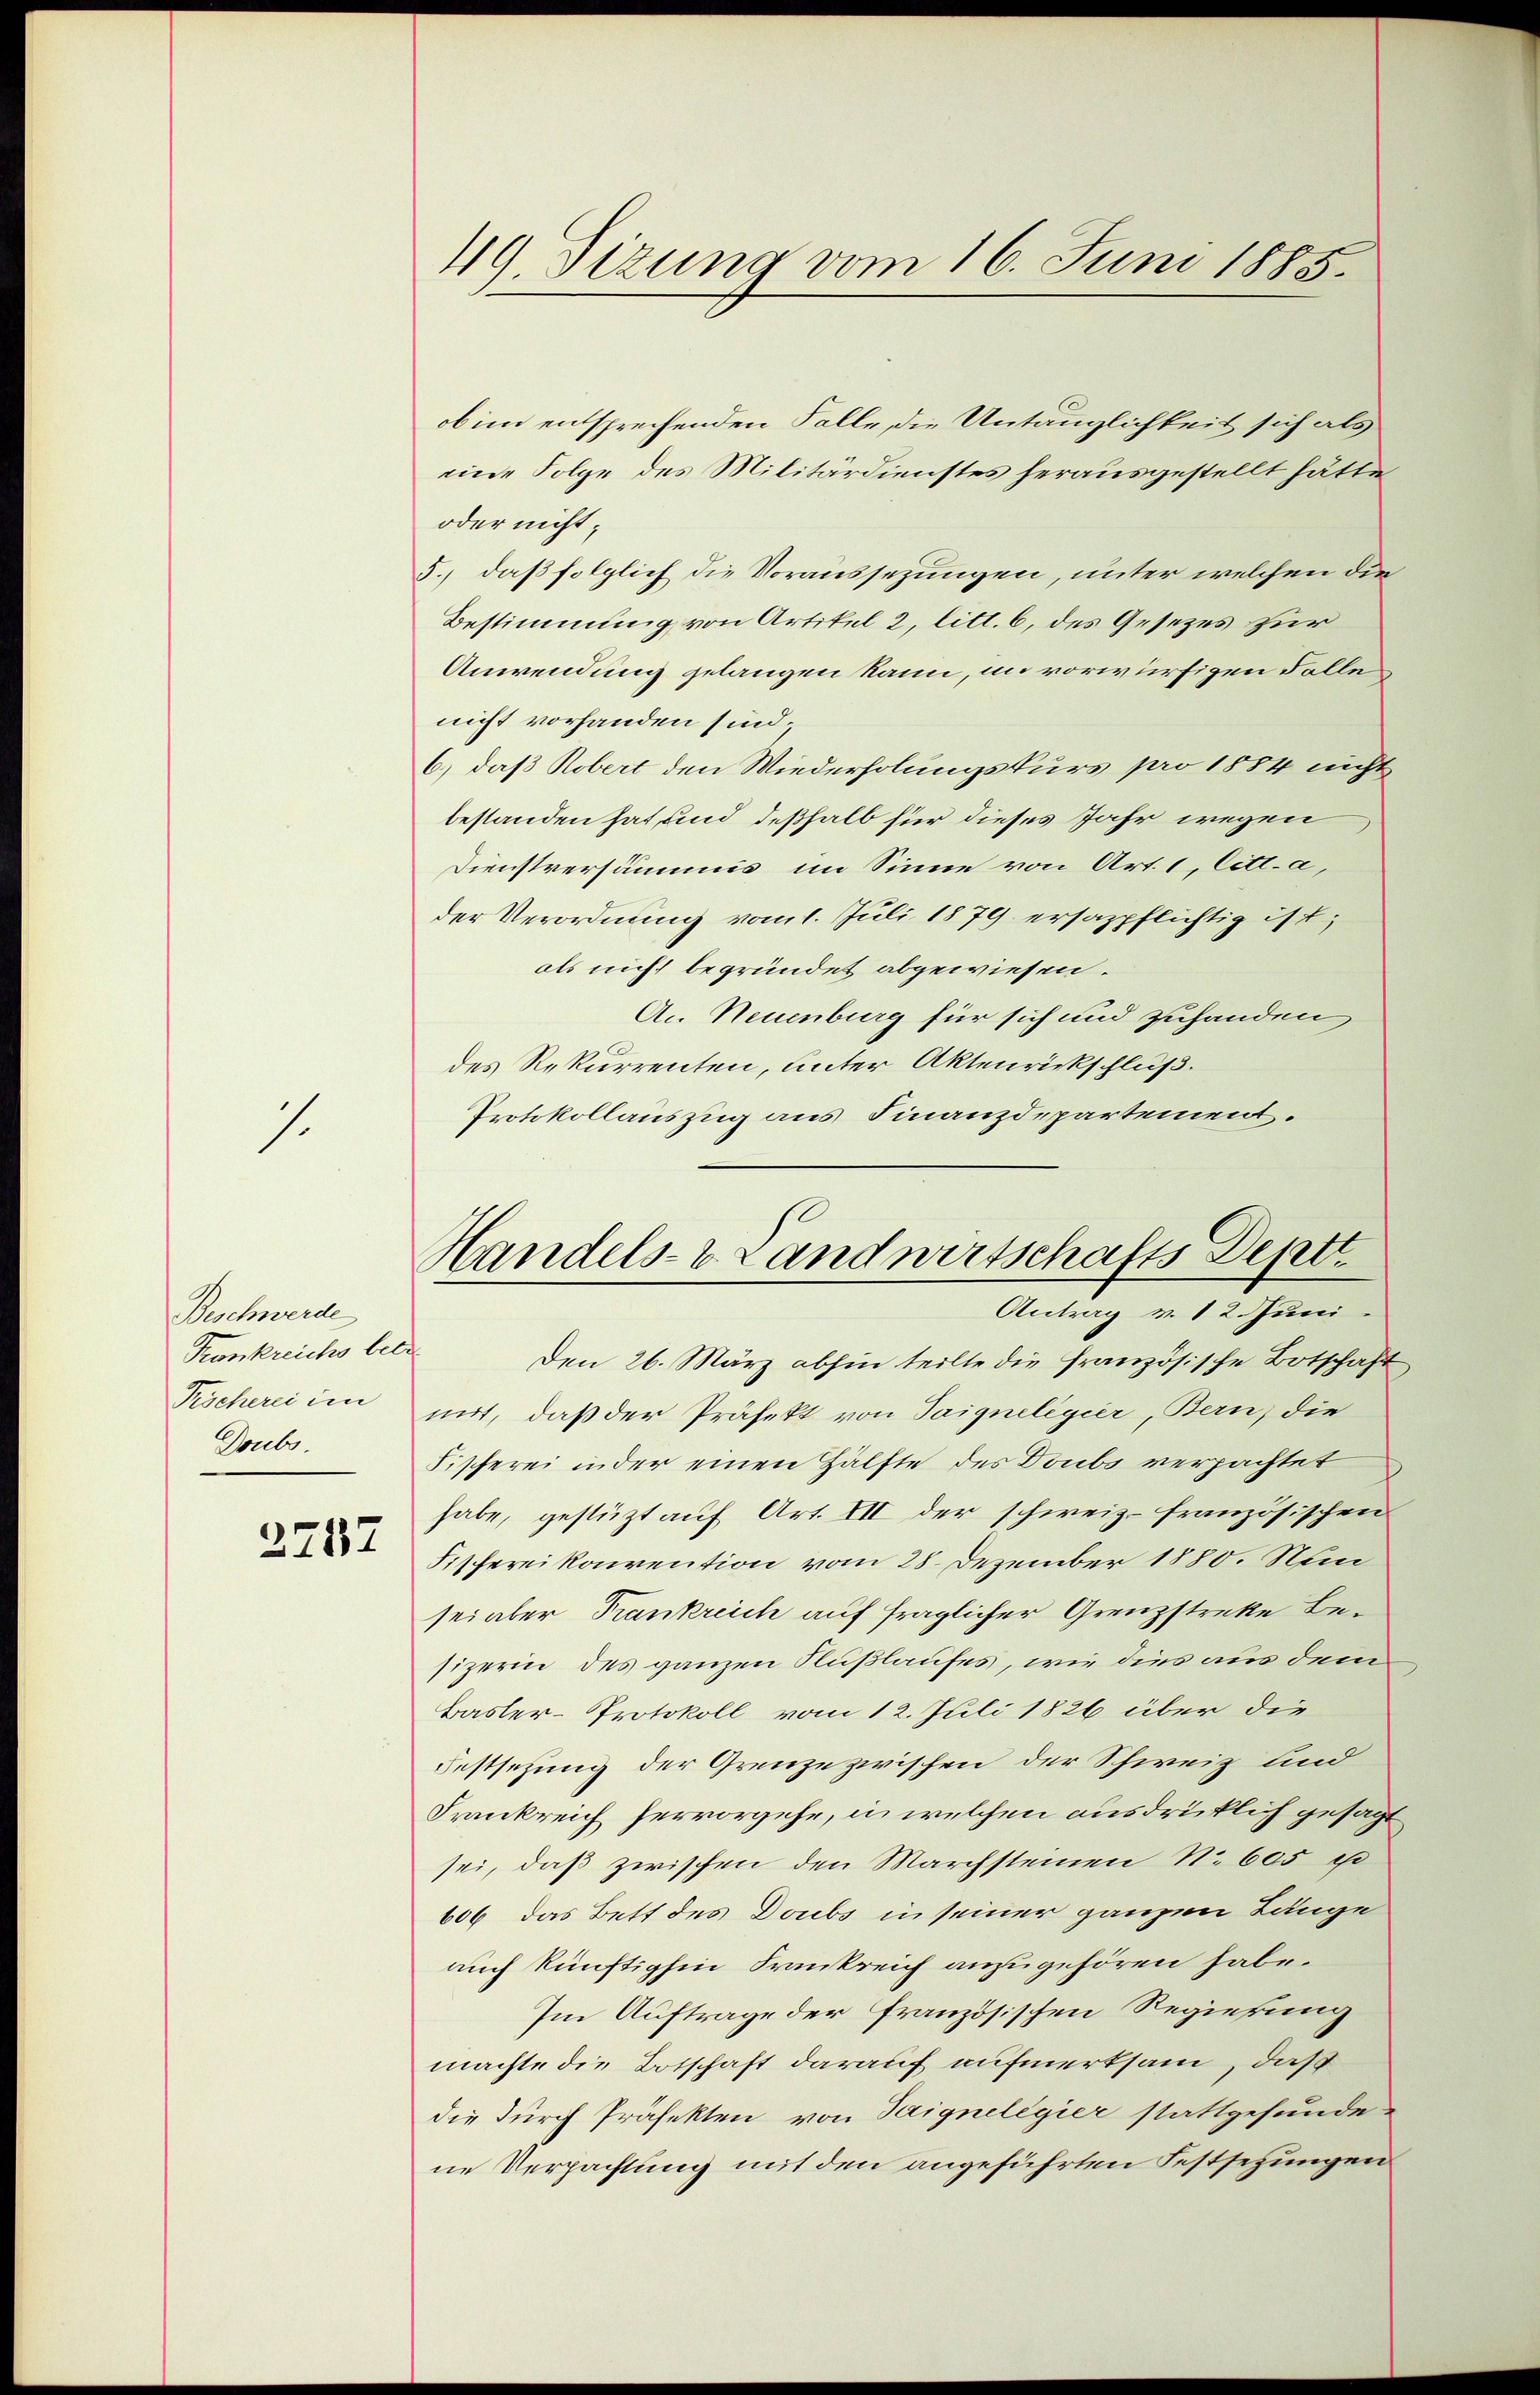
1

Beschwerde
Krankreichs betr
Tröcherei im
Doubs.

2757

49. Sizung vom 16. Juni 1885.

ob im entsprechenden Falle, die Untauglichkeit sich als
eine Folge des Militärdienstes herausgestellt hätte
oder nicht;
5., daß folglich die Voraussezungen, unter welchen die
Bestimmung von Artikel 2, litt. 6, des Gesetzes zur
Anwendung gelangen kann, im vorwürfigen Folle
nicht vorhanden sind;
6.) daß Robert den Wiederholungskurs pro 1884 nicht
bestanden hat und deßhalb für dieses Jahr wegen
Dienstversummis im Sinne von Art. 1, Citt. a,
der Verordnung vom 1. Juli 1879 ersazpflichtig ist;
als nicht begründet abgewiesen.
An Neuenburg für sich und zuhanden
des Rekurrenten, unter Aktenrickschluß.
Protokollauszug aus Finanzdepartement.

Handels- & Landwirtschafts Deptt.
Antrag v. 12. Juni

Den 26. März abhin teilte die französische Botschaft
mit, daß der Präfekt von Saigneligier, Bern, die
Fischerei inder einen Hälfte des Doubs verpachtet
habe, gestützt auf Art. III der schweiz. französischen
Sifferei konvention vom 28. Dezember 1880. Nun
sei aber Frankreich auf fraglicher Grenzstreke Besizerin des ganzen Flußlaufes, wie dies aus dem
Basler-Protokoll vom 12. Juli 1826 über die
Festsetzung der Grenze zwischen der Schweiz und
Drankreich hervorgehe, in welchen ausdrücklich gesagt
sei, daß zwischen den Marchsteinen No 605 p
606 das Bett des Doubs in seiner ganzen Länge
auch künftighin Frankreich anzugehören habe.
Im Auftrage der französischen Regierung
machte die Botschaft darauf aufmerksam, daß
die durch Präfekten von Saignelegier stattgefundene Verpachtung mit den angeführten Festsezungen